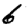
Digit: 6